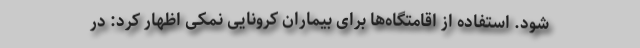
شود. استفاده از اقامتگاه‌ها برای بیماران کرونایی نمکی اظهار کرد: در